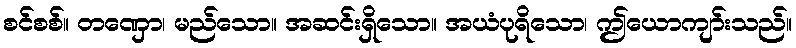
စင်စစ်။ တဏှော၊ မည်သော။ အဆင်းရှိသော။ အယံပုရိသော၊ ဤယောကျာ်းသည်။